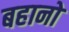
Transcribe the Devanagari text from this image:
बहानो